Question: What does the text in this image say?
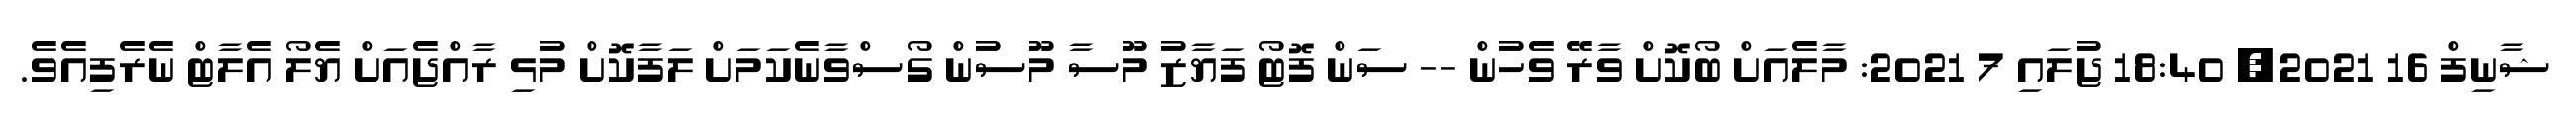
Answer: ޝާނިފް 16 2021, 18:40 ޖުލައި 7 2021: މާލެއަށް ބޯކޮށް ވާރޭ ވެހުން -- ސަން ފޮޓޯ ފަޔާޒު މޫސާ މޫސުން ގޯސްވާނެކަމަށް ލަފާކޮށް މުޅި ރާއްޖެއަށް ޔެލޯ އެލާޓް ނެރެފިއެވެ.